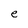
Character: e